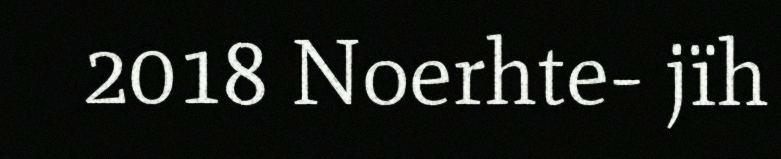
2018 Noerhte- jïh